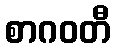
စာဂဝတီ